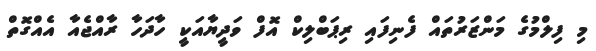
މި ފިލްމުގެ މަންޒަރުތައް ފެނިފައި ރިޕަބްލިކް އޮފް ވަދީޔާއަކީ ހާދަހާ ރާއްޖެއާ އެއްގޮތް